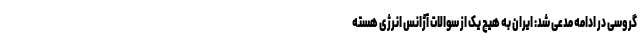
گروسی در ادامه مدعی شد: ایران به هیچ یک از سوالات آژانس انرژی هسته